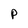
Character: P